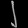
Digit: ၂